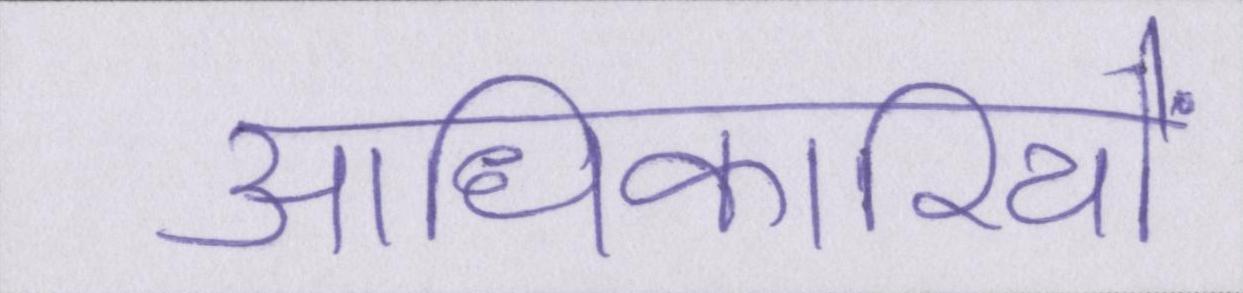
आधिकारियों